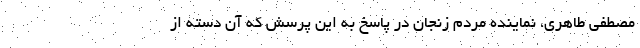
مصطفی طاهری، نماینده مردم زنجان در پاسخ به این پرسش که آن دسته از